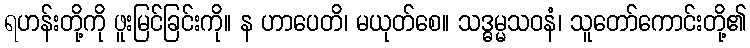
ရဟန်းတို့ကို ဖူးမြင်ခြင်းကို။ န ဟာပေတိ၊ မယုတ်စေ။ သဒ္ဓမ္မသဝနံ၊ သူတော်ကောင်းတို့၏